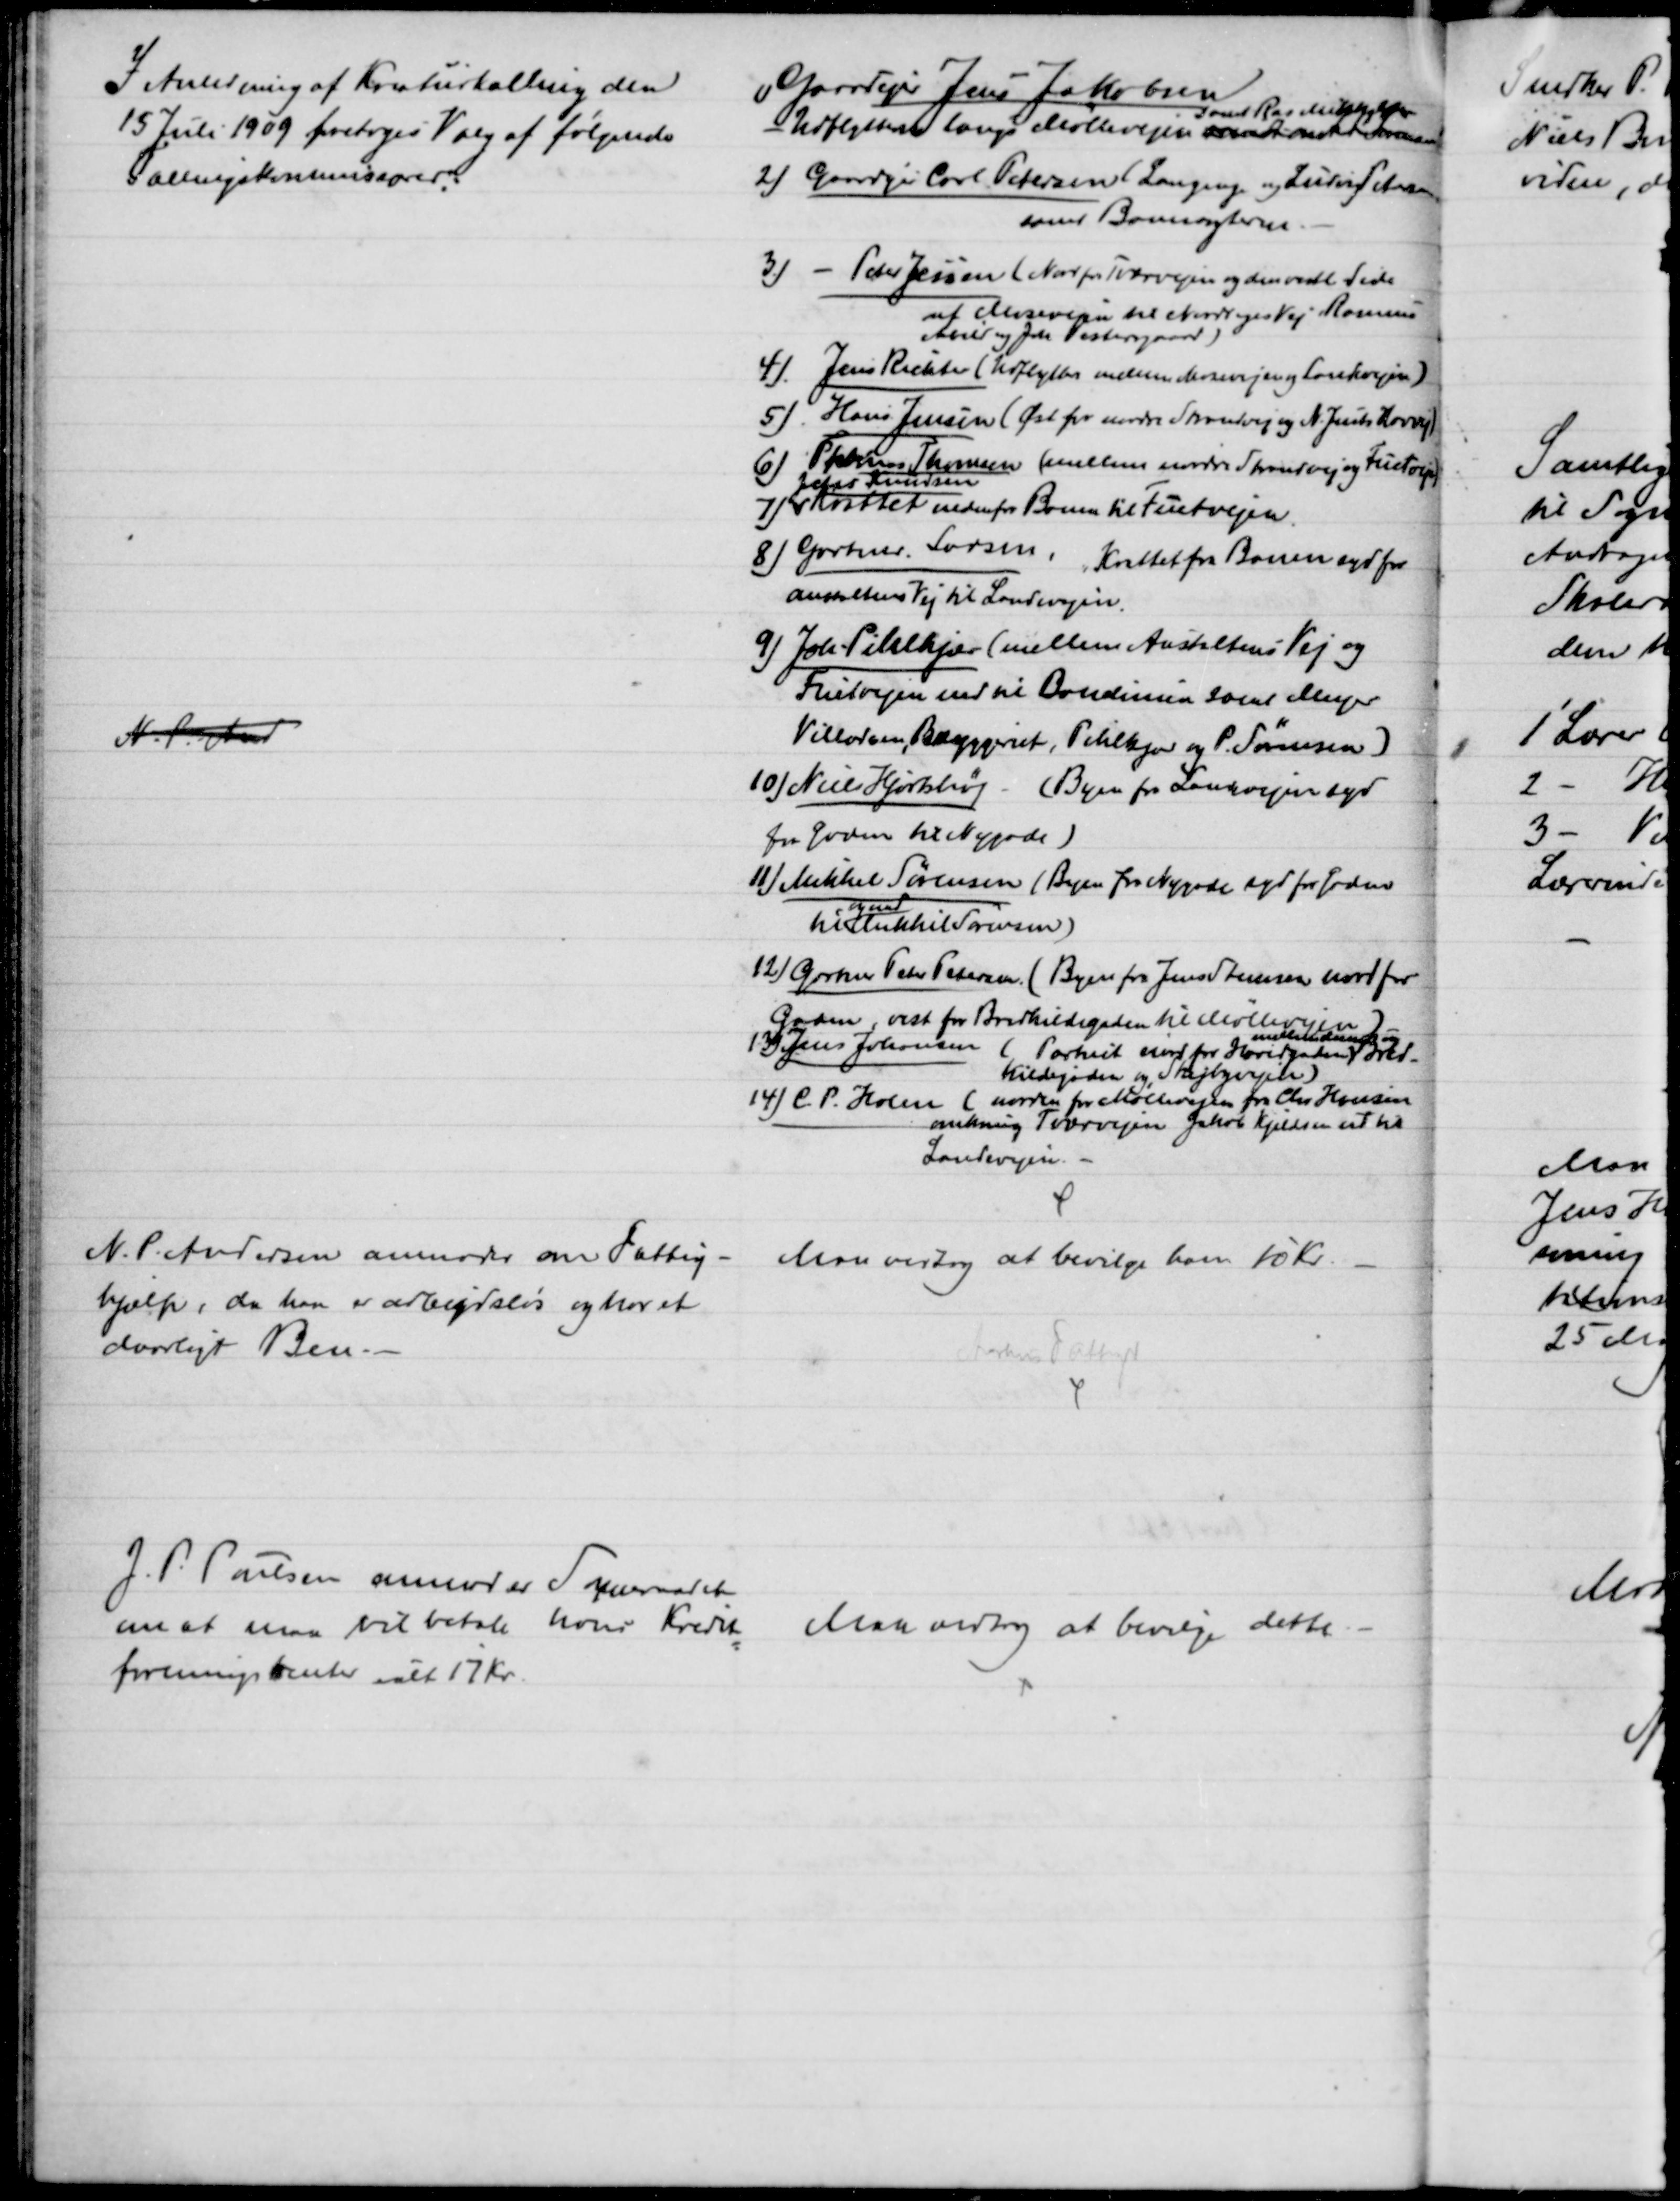
Transskription:
I Anledning af Kreaturtælling den
15 Juli 1909 foretoges Valg af følgende
Tællingskommissærer:
1) Gaardejer Jens Jakobsen
- Udflytterne langs Møllevejen samt at 
samt Ras Mkkelsen
2) Gaardejer Carl Petersen ( Langenge og Ludvig Petersen
samt Banevogterne
3) - Peter Jensen (Nord for Tværvejen og den vestl Side 
af Mosevejen til Norddiges Vej Rasmus
Abild og Joh. Vestergaard)
4). Jens Richter (Udflyttere mellem Mosevejen og Landevejen)
5) Hans Jensen (Øst for nordre Strandvej og N. Justs Havvej)
6)
Thomas Thomsen (mellem nordre Strandvej og Fuetvejen)
7)
Johs Knudsen
Krattet nedenfor Banen til Fuetvejen.
8) Gartner Larsen, Krattet fra Banen syd for
Anstaltens Vej til Landevejen.
9) Joh. Pihlkjær (mellem Anstaltens Vej og
Fuetvejen ned til Banelinien samt Meyer
Villadsen, Bryggeriet, Pihlkjær og P. Sørensen)
N. P. And
10) Niels Hjortshøj. (Byen fra Landevejen syd
for Gaden til Nygade)
11) Mikkel Sørensen (Byen fra Nygade syd for Gaden
til 
og med
Mikkel Sørensen)
12) Gartner Peter Petersen (Byen fra Jens Steensen nord for
Gaden, vest for Bredkildegaden til Møllevejen)
13) Jens Johansen
(Partiet vest for Hovedgaden)
mellem denne og

Kildegaden og Skejbyvejen
14) C. P. Holm (norden for Møllevejen fra Chr. Hansen
omkring Tværvejen Jakob Kjeldsen ud til 
Landevejen.
N. P. Andersen anmoder om Fattig-
hjælp, da han er arbejdsløs og har et
daarligt Ben.
Man vedtog at bevilge ham 10 Kr.
Aarhus Fattigv
J. P. Poulsen anmoder Sogneraadet
om at man vil betale hans Kredit
=
foreningsrenter ialt 17 Kr.
Man vedtog at bevilge dette.